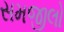
સમજીલો